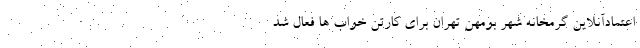
اعتمادآنلاین گرمخانه شهر بومهنِ تهران برای کارتن خواب ها فعال شد